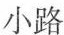
小路